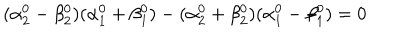
( \alpha _ { 2 } ^ { 0 } - \beta _ { 2 } ^ { 0 } ) ( \alpha _ { 1 } ^ { 0 } + \beta _ { 1 } ^ { 0 } ) - ( \alpha _ { 2 } ^ { 0 } + \beta _ { 2 } ^ { 0 } ) ( \alpha _ { 1 } ^ { 0 } - \beta _ { 1 } ^ { 0 } ) = 0